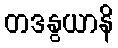
တဒနွယာနိ